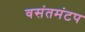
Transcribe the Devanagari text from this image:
वसंतमंटप